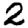
Digit: 2